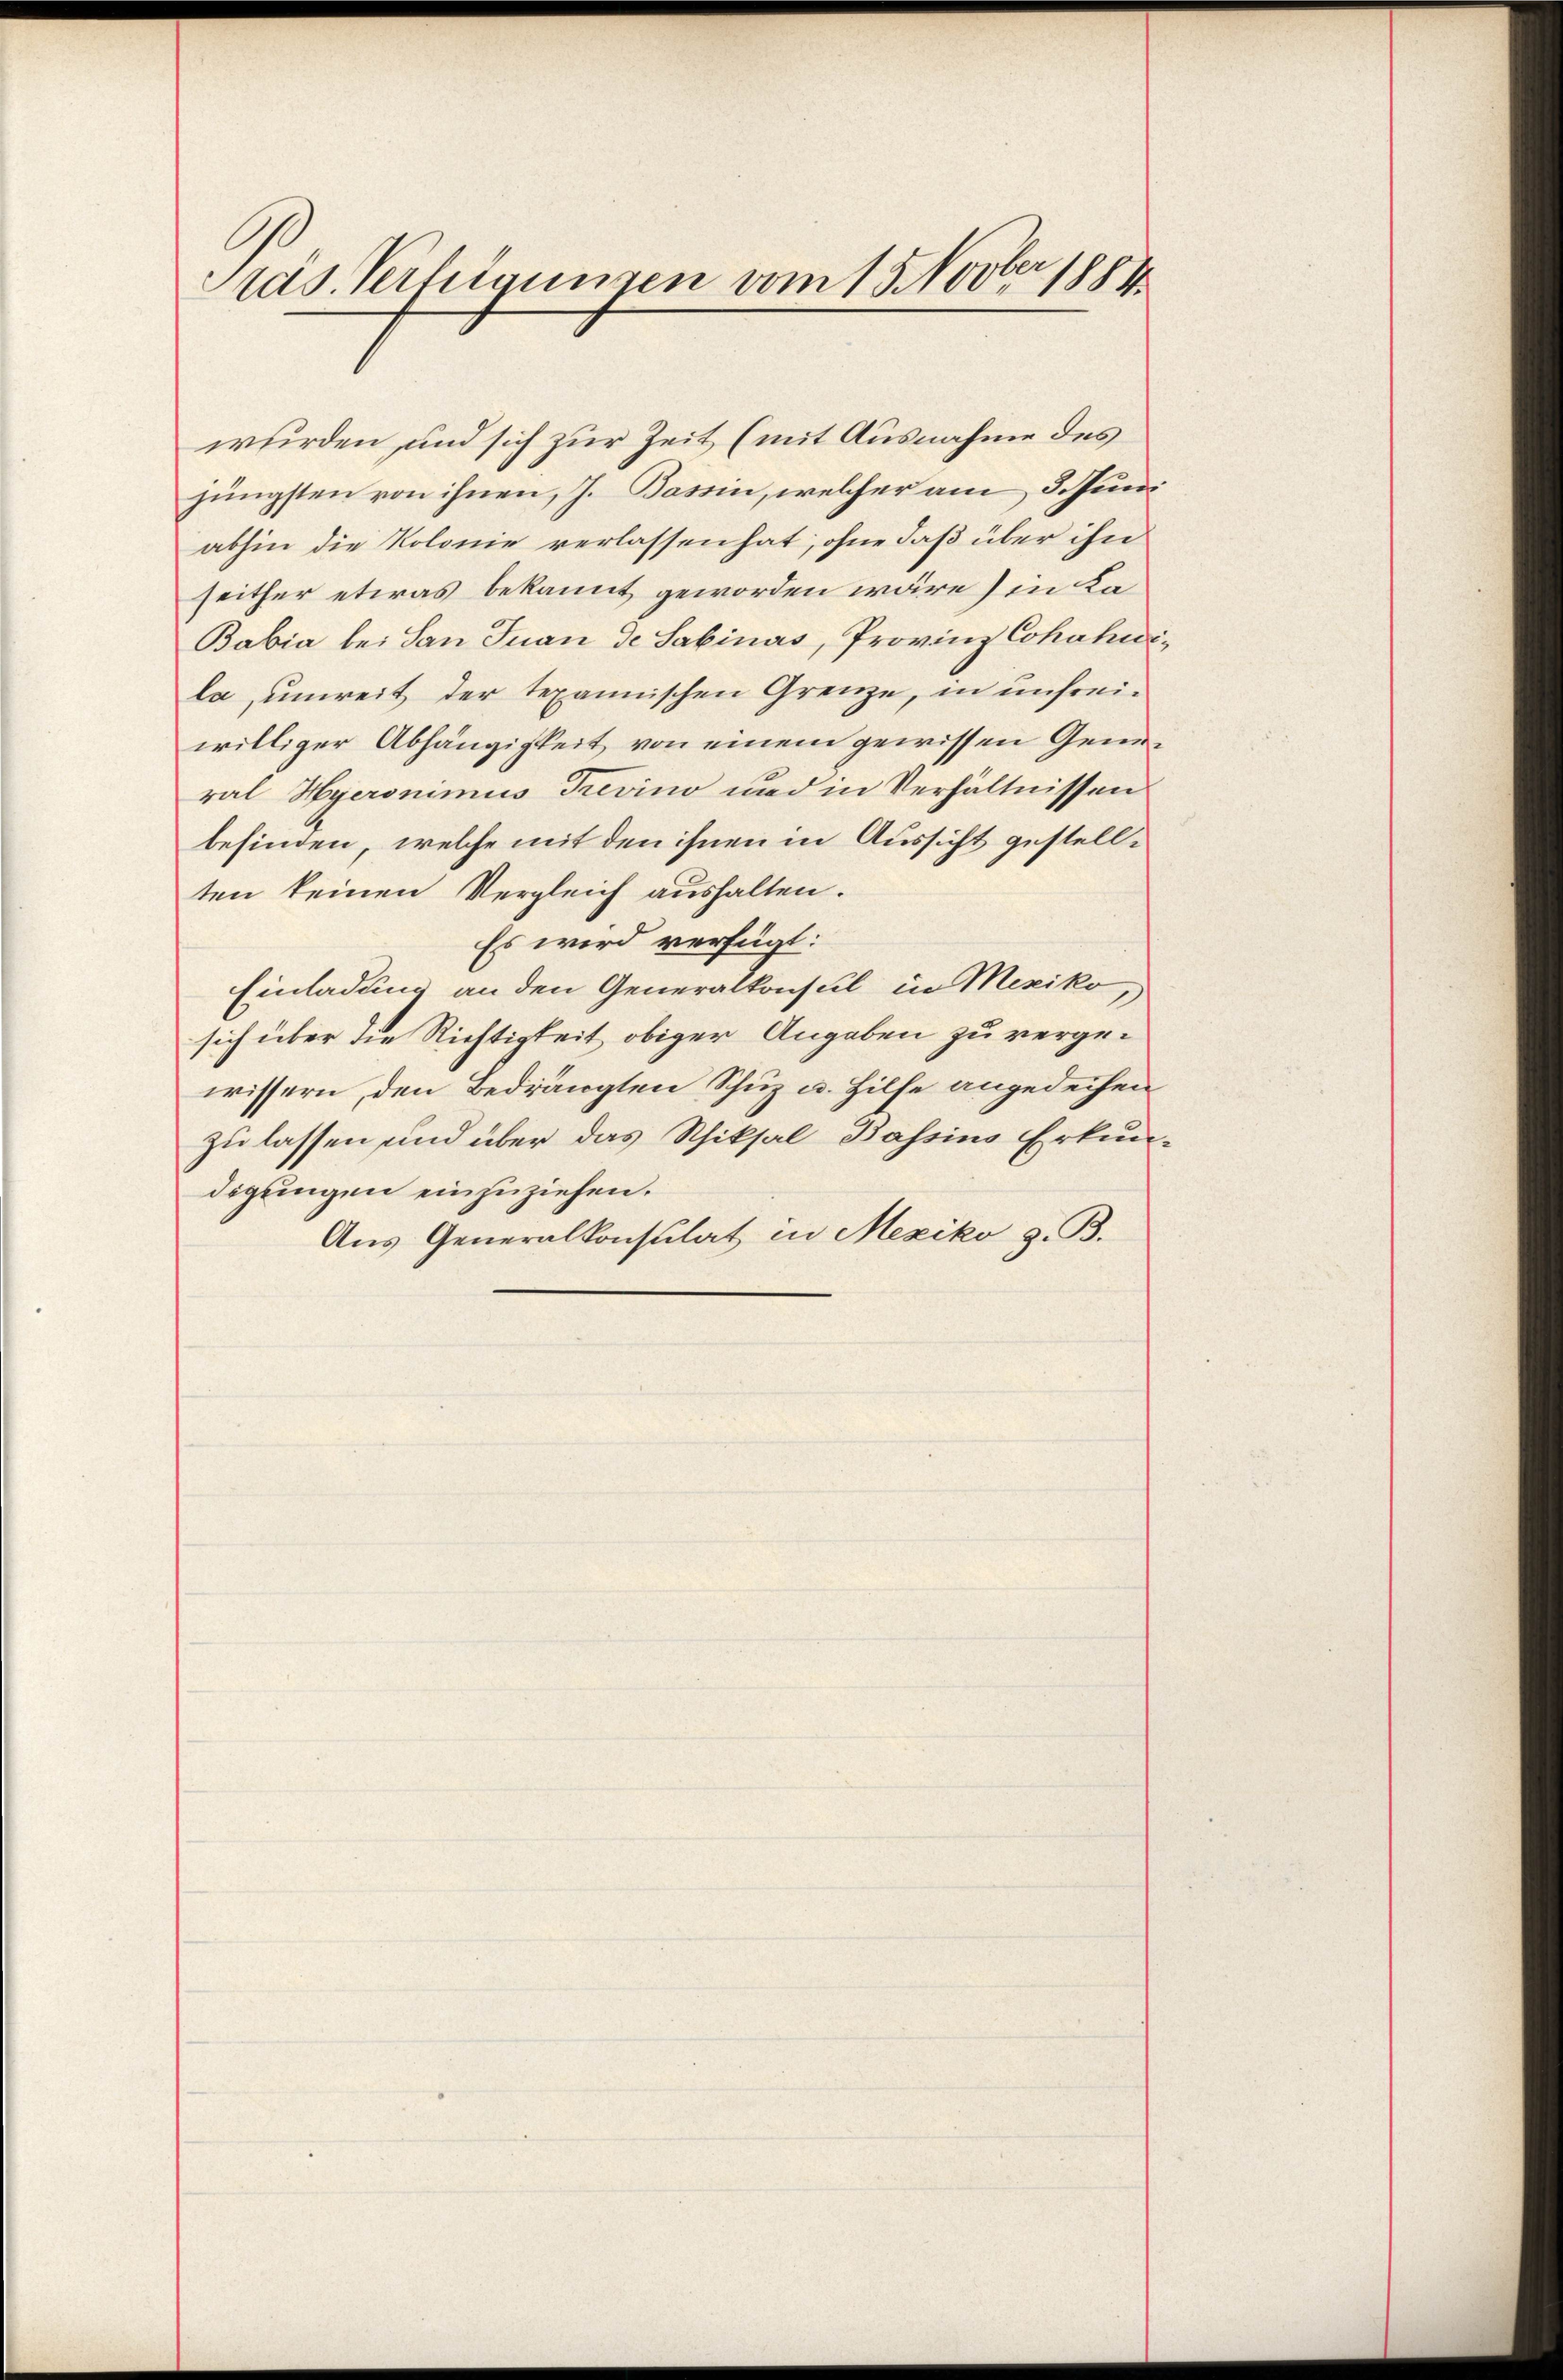
Präs. Vertigungen vom 15. Novber 1881

wurden und sich zur Zeit (mit Ausnahme des
jüngsten von ihnen, J. Bassin, welcher am 3. Juni
abhin die Kolonie verlassen hat, ohne daß über ihn
seither etwas bekannt geworden wäre sie ka¬
Babia bei San Juan de Sabinas, Provinz Cohahwila, unreit der tepannischen Grenze, in unfreiwilliger Abhängigkeit von einem gewissen General Hyeronimus Trevino und in Verhältnissen
befinden, welche mit den ihnen in Aussicht gestellten keinen Vergleich aushalten.
Es wird verfügt:
Einladung an den Generalkonsul in Mexiko,
sich über die Richtigkeit obiger Angaben zu vergewissern, den Bedrängten Schuz u. Hilfe angedeihen
zu lassen und über das Schiksal Bassins Erkun
digungen einzuziehen.
Aus Generalkonsulat in Mexiko z. B.